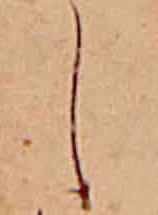
し